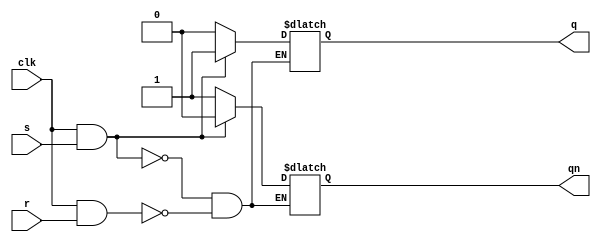
`timescale 1ns / 1ps
module SR_FlipFlop(s,r,clk,q,qn);
input s,r,clk;
output reg q;
output reg qn;
always @(s or r or clk)
if(clk&s) {q,qn} <=2'b10;
else if (clk&r) {q,qn} <= 2'b01;
endmodule

module SR_FlipFlop_tb();
reg s,r,clk;
wire q,qn;
SR_FlipFlop UUT(.s(s),.r(r),.clk(clk),.q(q),.qn(qn));
initial begin 
    {s,r,clk} = 3'b101; #10;
    {s,r,clk} = 3'b001; #10;
    {r,s,clk} = 3'b101; #10;
    {s,r,clk} = 3'b001; #10;
end
endmodule